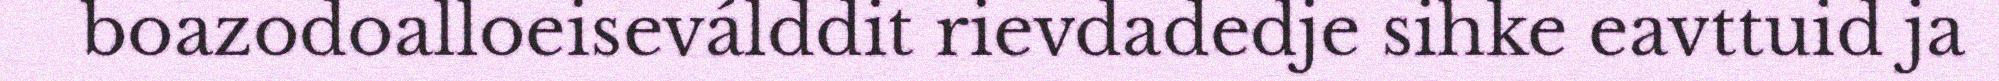
boazodoalloeiseválddit rievdadedje sihke eavttuid ja